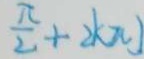
\frac { \pi } { 2 } + 2 k \pi ]